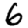
Digit: 6